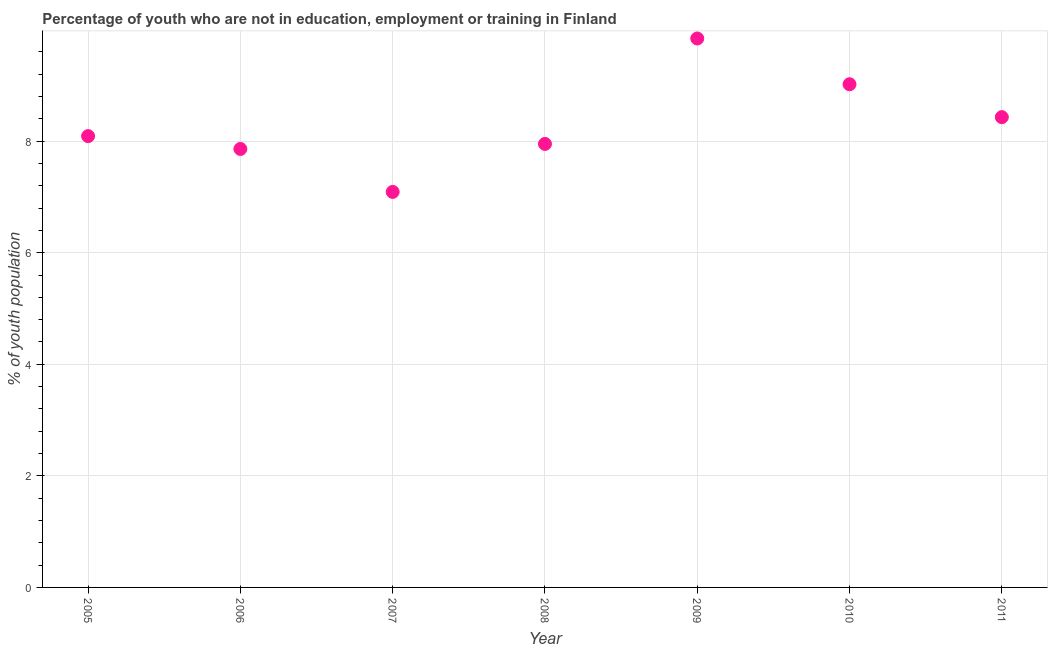
| Year | Unemployed youth |
 | --- | --- |
 | 2005 | 8.09 |
 | 2006 | 7.86 |
 | 2007 | 7.09 |
 | 2008 | 7.95 |
 | 2009 | 9.84 |
 | 2010 | 9.02 |
 | 2011 | 8.43 |